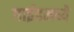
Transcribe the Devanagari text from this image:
गाईडमध्ये